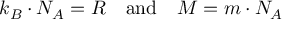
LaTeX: \quad k _ { B } \cdot N _ { A } = R \quad { \mathrm { a n d } } \quad M = m \cdot N _ { A }